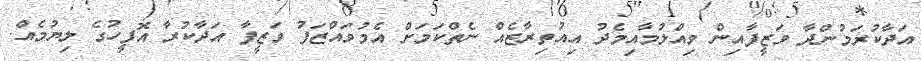
އަދާކުރަމުންދާ ވަޒީފާއިން ވިއްލުމާއިމެދު އިއުތިރާޒެއް ނެތްކަމަށް އެމުވައްޒަފު ވަޒީފާ އަދާކުރާ އޮފީހުގެ ލިޔުމެއް.